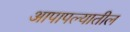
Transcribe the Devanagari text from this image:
आपापल्यातील